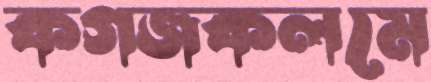
কগজকলমে